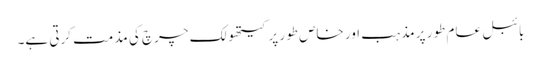
بائبل عام طور پر مذہب اور خاص طور پر کیتھولک چرچ کی مذمت کرتی ہے۔